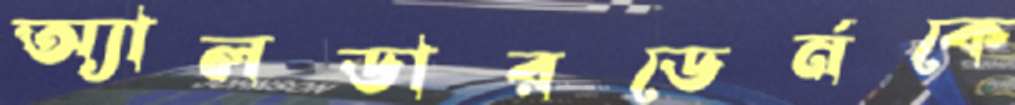
অ্যালডারডের্নকে